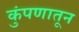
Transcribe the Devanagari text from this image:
कुंपणातून